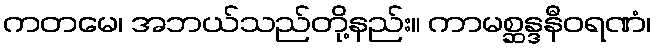
ကတမေ၊ အဘယ်သည်တို့နည်း။ ကာမစ္ဆန္ဒနီဝရဏံ၊